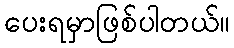
ပေးရမှာဖြစ်ပါတယ်။